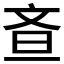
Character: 𭤘